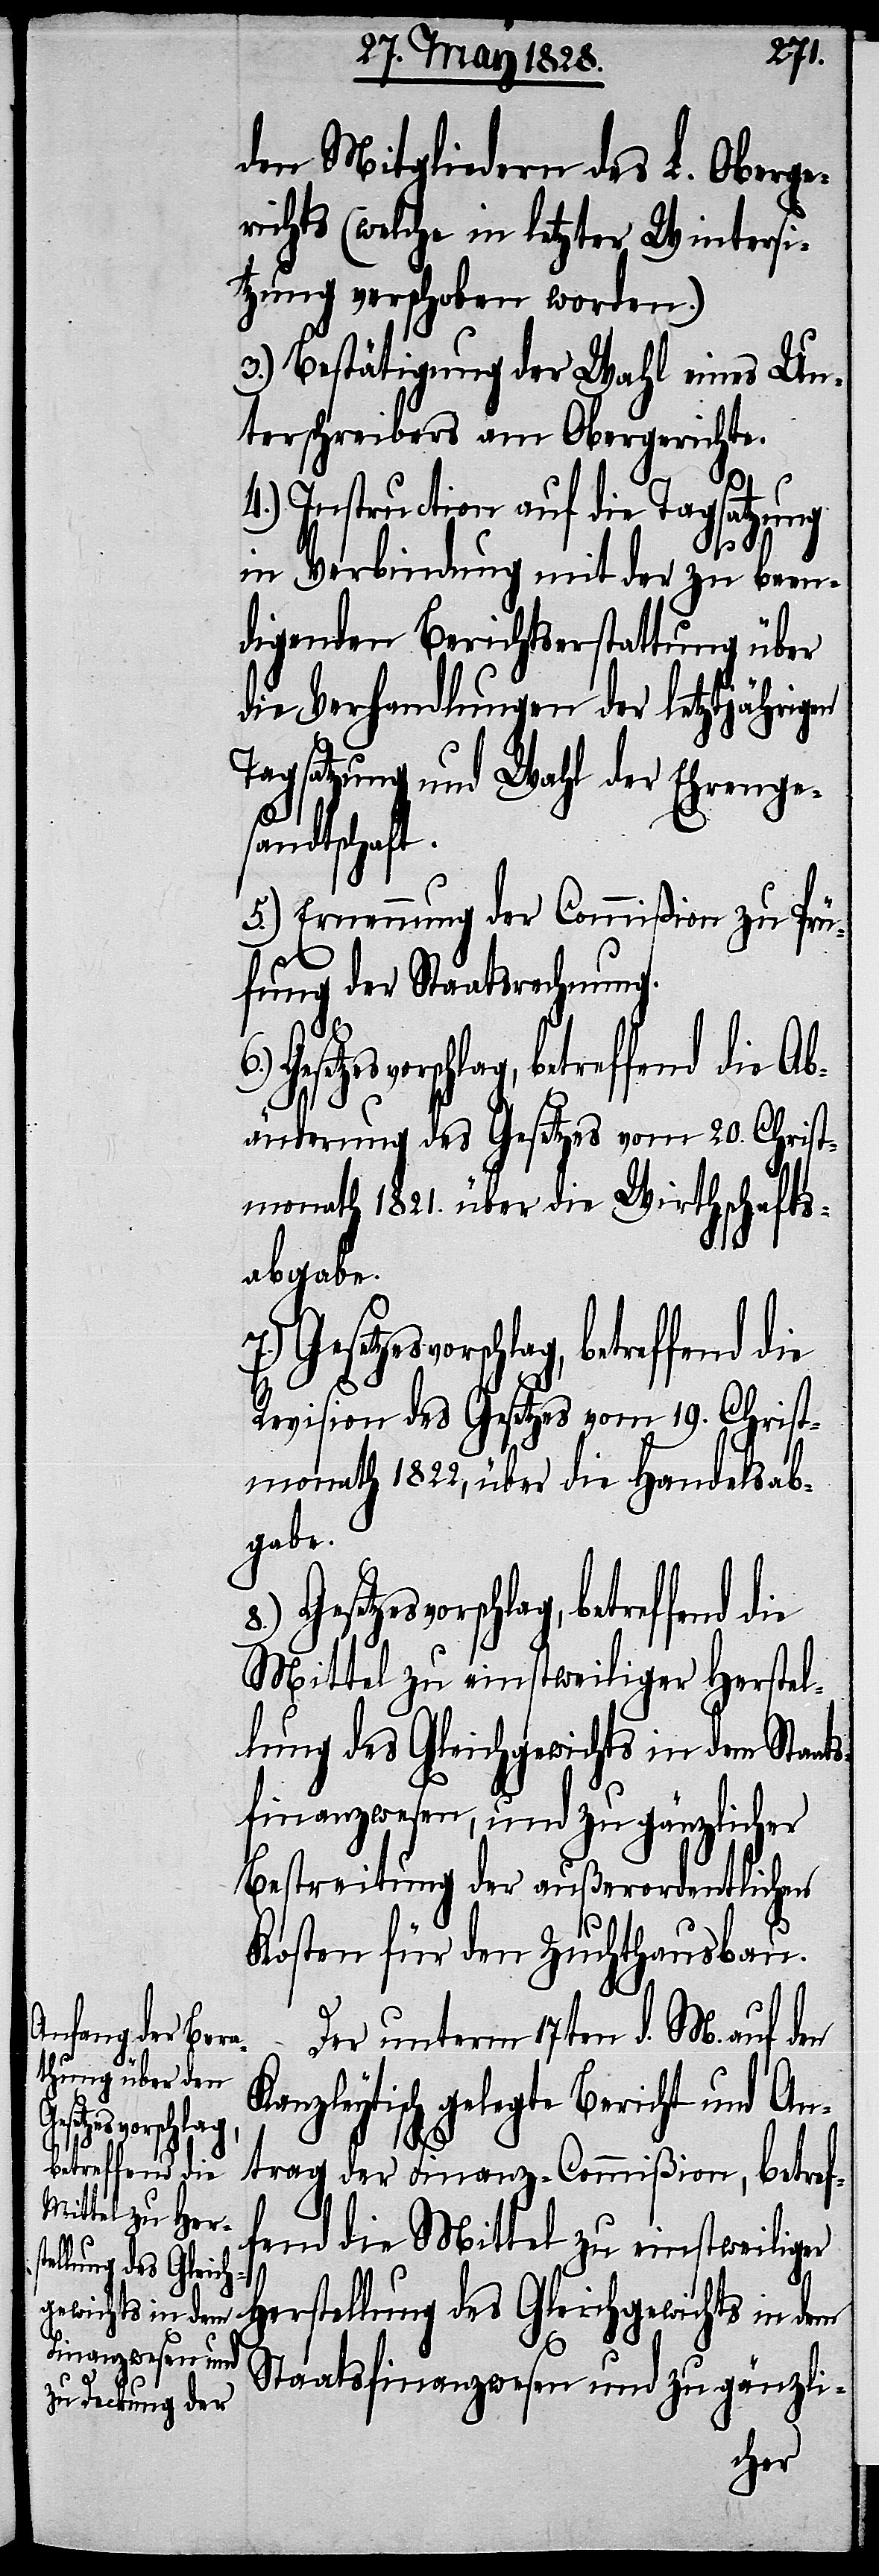
svorschlag,
betreffend die
lung des Gleich¬
gewichts in dem

den Mitgliedern des L. Oberge¬
richts (welche in letzter Wintersi¬
tzung verschoben worden.)
3.) Bestätigung der Wahl eines Un¬
terschreibers am Obergerichte.
4.) Instruction auf die Tagsatzung
K¬
in Verbindung mit der zu been¬
digenden Berichtserstattung über
die Verhandlungen der letztjährigen
Tagsatzung und Wahl der Ehrenge¬
sandtschaft.
5.) Ernennung der Commißion zu Prü¬
fung der Staatsrechnung.
svorschlag, betreffend die Ab¬
8.)
änderung des Gesetzes vom 20. Christ¬
monath 1821. über die Wirthschafts¬
abgabe.
Revision des Gesetzes vom 19. Christ¬
monath 1822, über die Handelsab¬
gabe.
Mittel zu einstweiliger Herstel¬
Bestreitung der außerordentlichen
Kosten für den Zuchthausbau.
Der unterm 17ten d. M. auf den
anzleytisch gelegte Bericht und An¬
trag der Finanz-Commißion, betref¬
fend die Mittel zu einstweiliger
Herstellung des Gleichgewichts in dem
Staatsfinanzwesen und zu gänzli-
cher